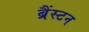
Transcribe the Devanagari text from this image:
ब्रैंस्टन